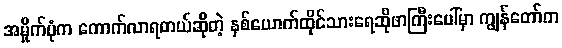
အမှိုက်ပုံက ကောက်လာရတယ်ဆိုတဲ့ နှစ်ယောက်ထိုင်သားရေဆိုဖာကြီးပေါ်မှာ ကျွန်တော်က